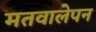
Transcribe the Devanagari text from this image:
मतवालेपन